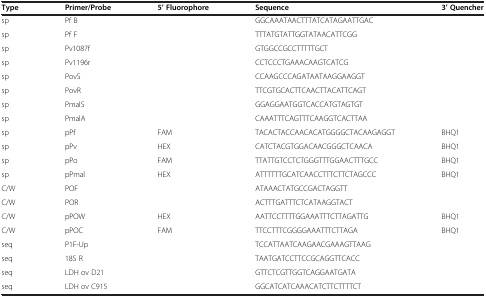
| Type | Primer/Probe | 5’ Fluorophore | Sequence | 3’ Quencher |
 | --- | --- | --- | --- | --- |
 | sp | Pf B |  | GGCAAATAACTTTATCATAGAATTGAC |  |
 | sp | Pf F |  | TTTATGTATTGGTATAACATTCGG |  |
 | sp | Pv1087f |  | GTGGCCGCCTTTTTGCT |  |
 | sp | Pv1196r |  | CCTCCCTGAAACAAGTCATCG |  |
 | sp | PovS |  | CCAAGCCCAGATAATAAGGAAGGT |  |
 | sp | PovR |  | TTCGTGCACTTCAACTTACATTCAGT |  |
 | sp | PmalS |  | GGAGGAATGGTCACCATGTAGTGT |  |
 | sp | PmalA |  | CAAATTTCAGTTTCAAGGTCACTTAA |  |
 | sp | pPf | FAM | TACACTACCAACACATGGGGCTACAAGAGGT | BHQ1 |
 | sp | pPv | HEX | CATCTACGTGGACAACGGGCTCAACA | BHQ1 |
 | sp | pPo | FAM | TTATTGTCCTCTGGGTTTGGAACTTTGCC | BHQ1 |
 | sp | pPmal | HEX | ATTTTTTGCATCAACCTTTCTTCTAGCCC | BHQ1 |
 | C/W | POF |  | ATAAACTATGCCGACTAGGTT |  |
 | C/W | POR |  | ACTTTGATTTCTCATAAGGTACT |  |
 | C/W | pPOW | HEX | AATTCCTTTTGGAAATTTCTTAGATTG | BHQ1 |
 | C/W | pPOC | FAM | TTCCTTTCGGGGAAATTTCTTAGA | BHQ1 |
 | seq | P1F-Up |  | TCCATTAATCAAGAACGAAAGTTAAG |  |
 | seq | 18S R |  | TAATGATCCTTCCGCAGGTTCACC |  |
 | seq | LDH ov D21 |  | GTTCTCGTTGGTCAGGAATGATA |  |
 | seq | LDH ov C915 |  | GGCATCATCAAACATCTTCTTTTCT |  |